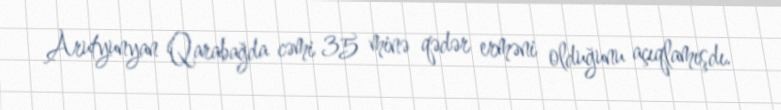
Arutyunyan Qarabağda cəmi 35 minə qədər erməni olduğunu açıqlamışdı.